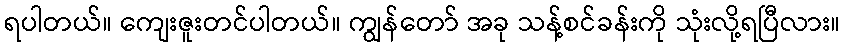
ရပါတယ်။ ကျေးဇူးတင်ပါတယ်။ ကျွန်တော် အခု သန့်စင်ခန်းကို သုံးလို့ရပြီလား။